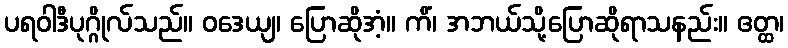
ပရဝါဒီပုဂ္ဂိုလ်သည်။ ဝဒေယျ၊ ပြောဆိုအံ့။ ကိံ၊ အဘယ်သို့ပြောဆိုရာသနည်း။ ဧတ္ထ၊